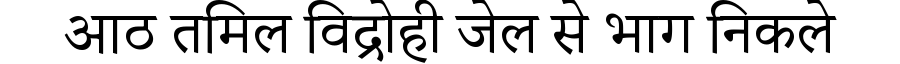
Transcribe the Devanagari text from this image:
आठ तमिल विद्रोही जेल से भाग निकले